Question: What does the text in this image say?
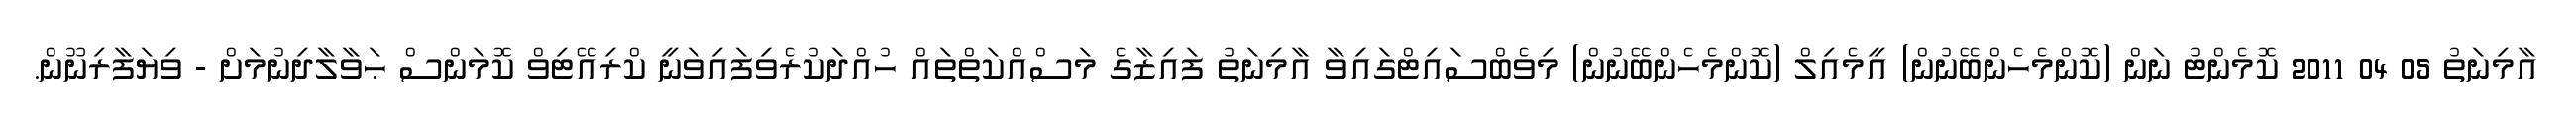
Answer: އާމިނަތު 05 04 2011 ކޮމެންޓު ނަން (ކޮންމެހެންބޭނުން) އީމެއިލް (ކޮންމެހެންބޭނުން) މިވެބްސައިޓްގައިވާ އާމިނަތު ފައިޒާގެ މަސްއްކަތްތައް ހުއްދަކުރެވިފައިވަނީ ކްރިއޭޓިވް ކޮމަންސް ޙަވާލާދިނުމަށް - ވިޔަފާރިނޫން.